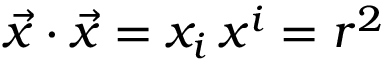
\vec { x } \cdot \vec { x } = x _ { i } \, x ^ { i } = r ^ { 2 }